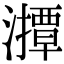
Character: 𤁡